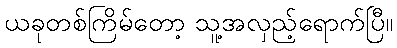
ယခုတစ်ကြိမ်တော့ သူ့အလှည့်ရောက်ပြီ။